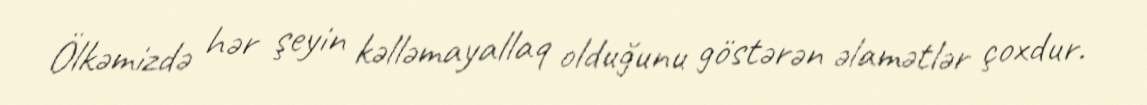
Ölkəmizdə hər şeyin kəlləmayallaq olduğunu göstərən əlamətlər çoxdur.